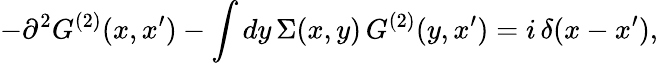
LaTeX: -\partial^{2}G^{(2)}(x,x^{\prime})-\int dy\, \Sigma(x,y)\, G^{(2)}(y,x^{\prime})=i\, \delta(x-x^{\prime}),